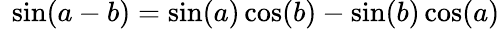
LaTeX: \ \sin(a-b)=\sin(a)\cos(b)-\sin(b)\cos(a)